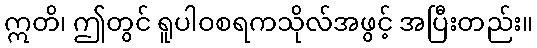
ဣတိ၊ ဤတွင် ရူပါဝစရကသိုလ်အဖွင့် အပြီးတည်း။